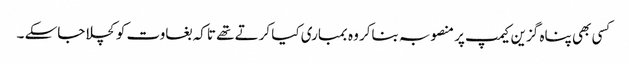
کسی بھی پناہ گزین کیمپ پر منصوبہ بناکر وہ بمباری کیا کرتے تھے تاکہ بغاوت کو کچلا جاسکے ۔